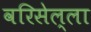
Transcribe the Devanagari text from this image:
वरिसेल्ला